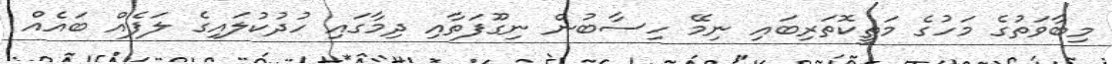
މިބާވަތުގެ މަހުގެ މަތީކޮތަރިބައި ނިމޭ ހިސާބުން ނިގޫފަތާއި ދިމާގައި ހުދުކުލައިގެ ލަފެއް ބައެއް